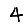
Digit: 4